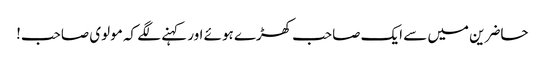
حاضرین میں سے ایک صاحب کھڑے ہوئے اور کہنے لگے کہ مولوی صاحب!